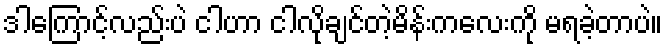
ဒါကြောင့်လည်းပဲ ငါဟာ ငါလိုချင်တဲ့မိန်းကလေးကို မရခဲ့တာပဲ။